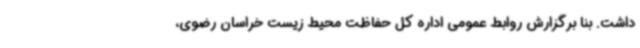
داشت. بنا برگزارش روابط عمومی اداره کل حفاظت محیط زیست خراسان رضوی،